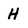
Character: H